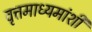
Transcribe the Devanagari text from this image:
वृत्तमाध्यमांशी